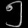
Digit: ၅